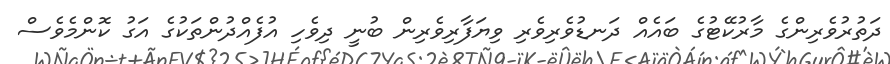
ދަތުރުވެރިންގެ މާރުކޭޓުގެ ބައެއް ދަނޑުވެރިވެރި ވިޔަފާރިވެރިން ބުނީ ދިވެހި އުފެއްދުންތަކުގެ އަގު ކޮންމެވެސް